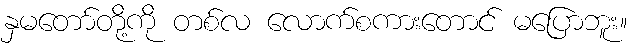
နှမတော်တို့ကို တစ်လ လောက်စကားတောင် မပြောဘူး။